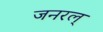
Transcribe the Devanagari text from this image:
जनरल्